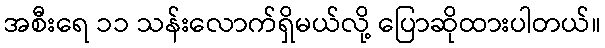
အစီးရေ ၁၁ သန်းလောက်ရှိမယ်လို့ ပြောဆိုထားပါတယ်။